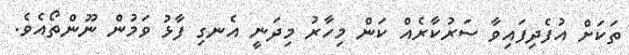
ތަކަށް އުފެދިފައިވާ ސަރުކާރެއް ކަން މިހާރު މިދަނީ އެނގި ފާޅު ވަމުން ނޫންތޯއެވެ.